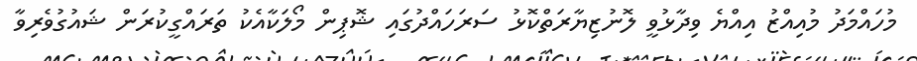
މުހައްމަދު މުއިއްޒު އިއްޔެ ވިދާޅުވީ ލޮނުޒިޔާރަތްކޮޅު ސަރަހައްދުގައި ޝޮޕިން މޯލަކާއެކު ތަރައްގީކުރަން ޝައުގުވެރިވާ